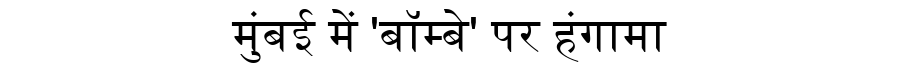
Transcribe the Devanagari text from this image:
मुंबई में 'बॉम्बे' पर हंगामा